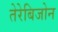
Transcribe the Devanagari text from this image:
तेरेबिजोन